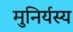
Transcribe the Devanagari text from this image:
मुनिर्यस्य